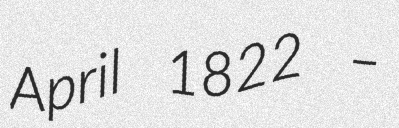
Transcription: April 1822 –